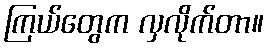
ကြယ်တွေက လှလိုက်တာ။